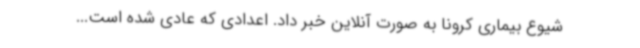
شیوع بیماری کرونا به صورت آنلاین خبر داد. اعدادی که عادی شده است...